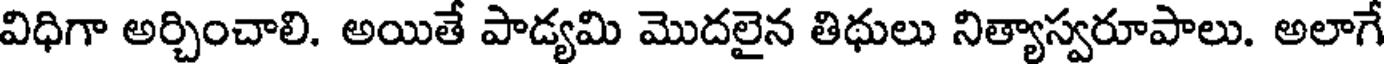
విధిగా అర్చించాలి. అయితే పాడ్యమి మొదలైన తిథులు నిత్యాస్వరూపాలు. అలాగే